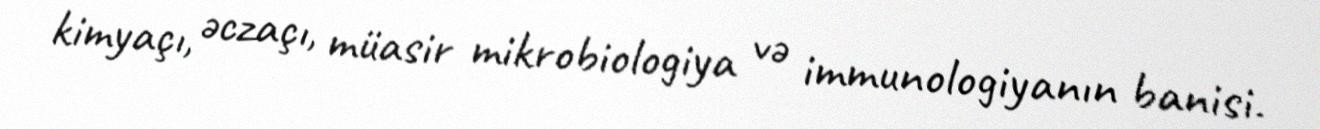
kimyaçı, əczaçı, müasir mikrobiologiya və immunologiyanın banisi.